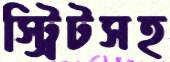
স্ট্রিটসহ